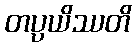
တပ္ပယိဿတိ